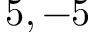
5 , - 5